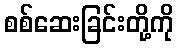
စစ်ဆေးခြင်းတို့ကို